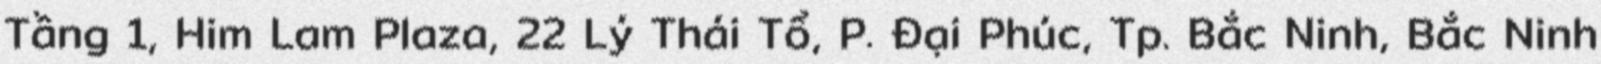
Tầng 1, Him Lam Plaza, 22 Lý Thái Tổ, P. Đại Phúc, Tp. Bắc Ninh, Bắc Ninh